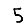
Digit: 5